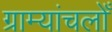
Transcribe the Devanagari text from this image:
ग्राम्यांचलोँ